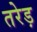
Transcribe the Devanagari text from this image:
तरेड़